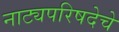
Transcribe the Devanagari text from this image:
नाट्यपरिषदेचे